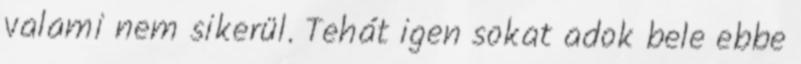
valami nem sikerül. Tehát igen sokat adok bele ebbe